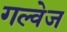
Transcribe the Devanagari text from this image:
गल्वेज